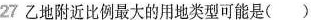
27乙地附近比例最大的用地类型可能是()